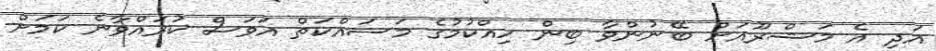
އަދި އެ މަޝްރޫއަށް ބޭނުންވާ ބިން ހިއްކުމުގެ މަސައްކަތް އަވަސް ކުރައްވާނެ ކަމަށް